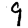
Digit: 9